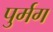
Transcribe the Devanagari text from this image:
पुर्मग